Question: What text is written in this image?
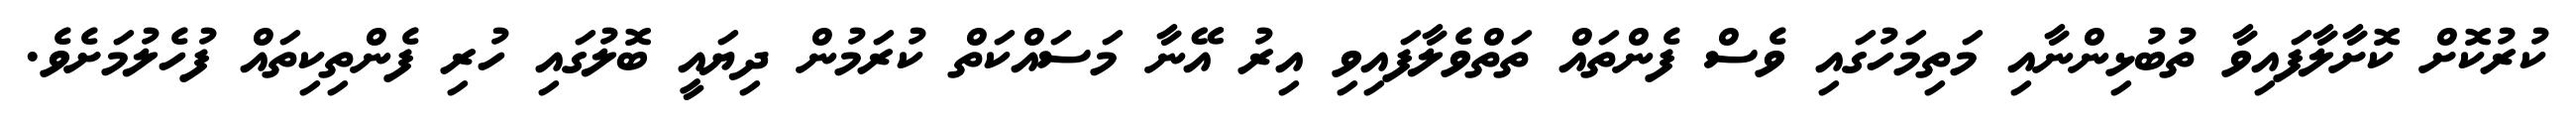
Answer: ކުރުކޮށް ކޮށާލާފައިވާ ތުބުޅިންނާއި މަތިމަހުގައި ވެސް ފެންތައް ތަތްވެލާފައިވި އިރު އޭނާ މަސައްކަތް ކުރަމުން ދިޔައީ ބޮލުގައި ހުރި ފެންތިކިތައް ފުހެލުމަށެވެ.